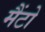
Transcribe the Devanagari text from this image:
मैंटो